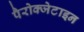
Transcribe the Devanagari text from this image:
पैरोक्जेटाइन